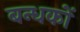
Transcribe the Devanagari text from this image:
बन्धकों